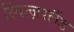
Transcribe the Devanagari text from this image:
स्वित्ज़रलैंड